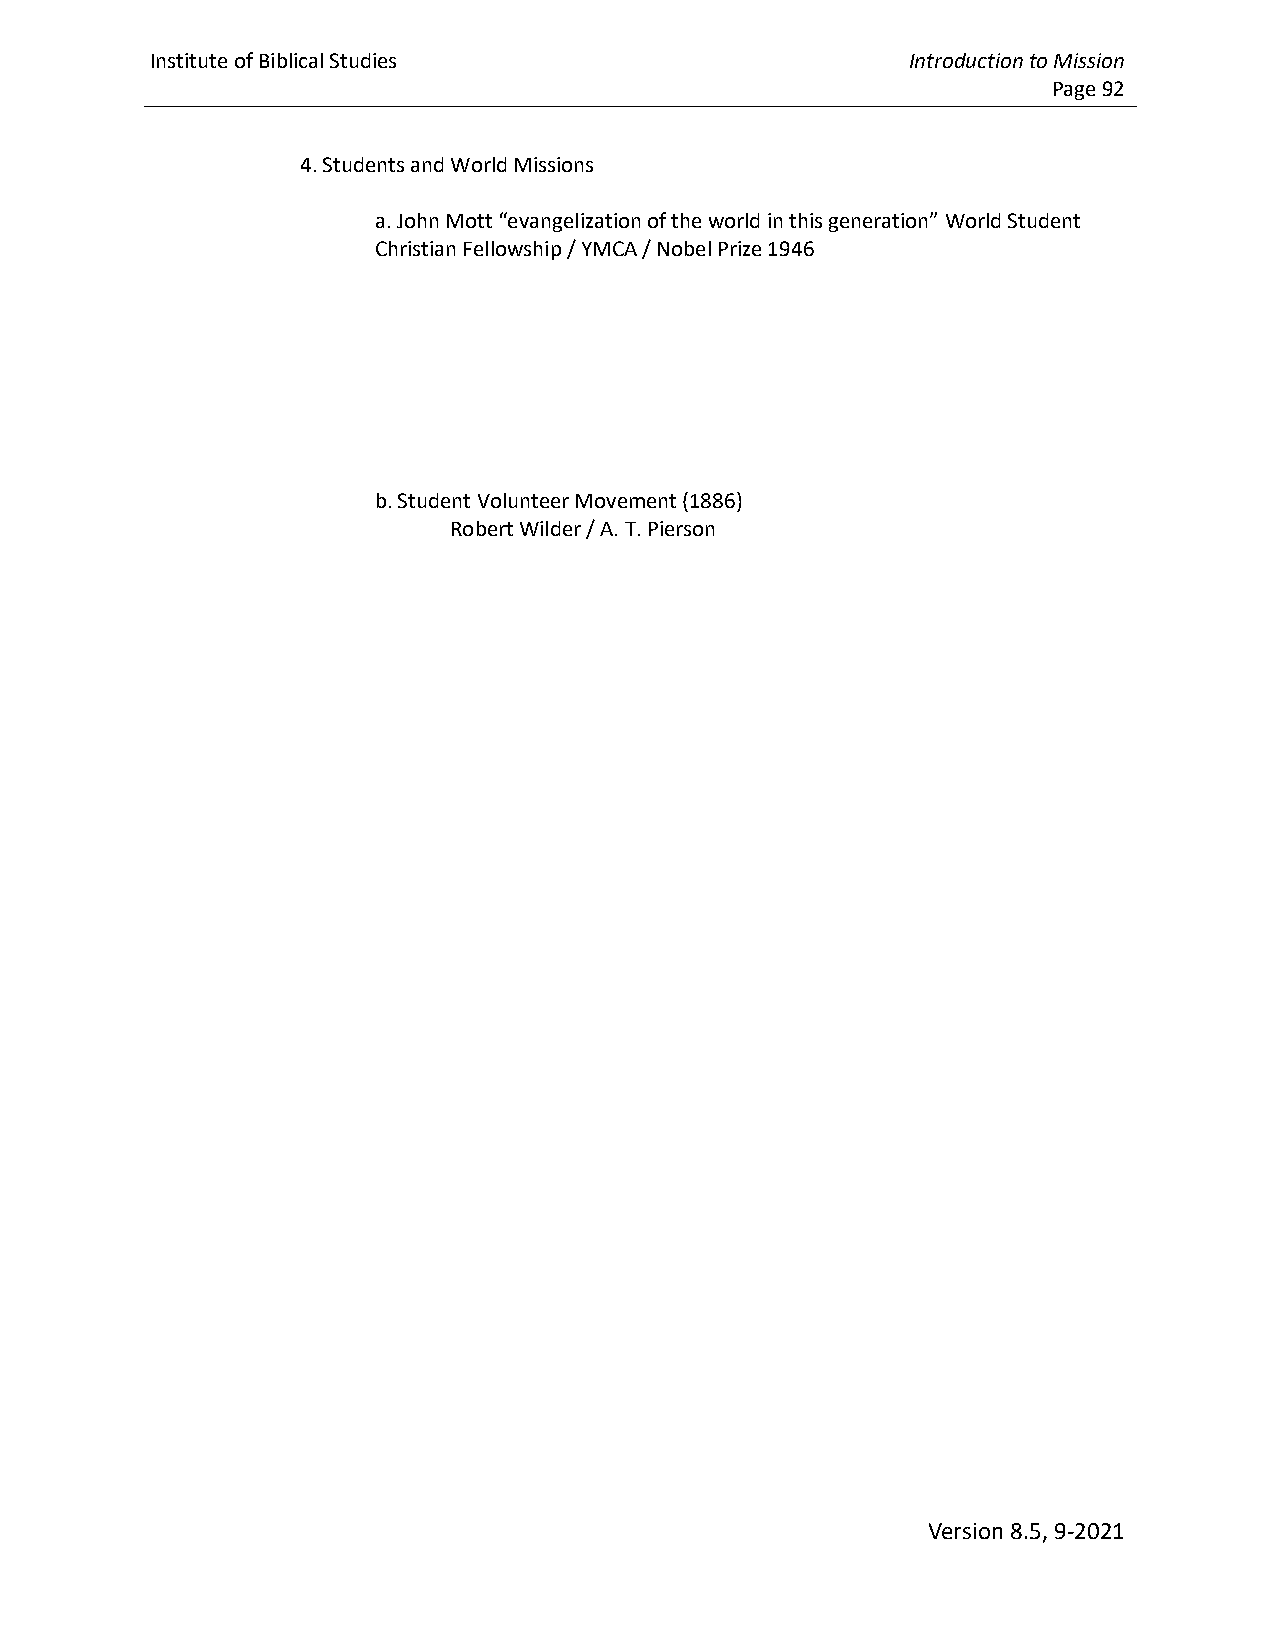
Institute of Biblical Studies                     Introduction to Mission
 Page 92
 4. Students and World Missions
 a. John Mott “evangelization of the world in this generation” World Student
 Christian Fellowship / YMCA / Nobel Prize 1946
 b. Student Volunteer Movement (1886)
 Robert Wilder / A. T. Pierson
 Version 8.5, 9-2021